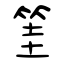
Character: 筀